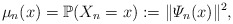
\begin{align*}\mu_n(x) = \mathbb{P}(X_n =x) := \|\varPsi_n(x)\|^2,\end{align*}